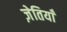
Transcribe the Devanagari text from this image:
ज़ेतियाँ